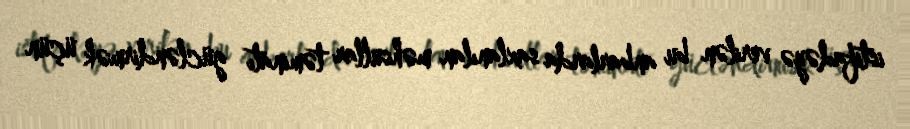
istifadəyə verilən bu anbarlarda saxlanılan məhsullar təminatı gücləndirmək üçün